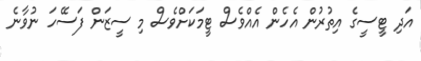
އަދި ޓީސީގެ އިތުރުން އެހެން އެއްވެސް ޓީމަކަށްވެސް މި ސީޒަން ފަސޭހަ ނުވާނެ